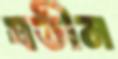
যতীন